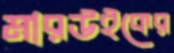
মারউইকের